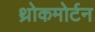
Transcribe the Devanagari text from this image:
थ्रोकमोर्टन